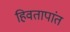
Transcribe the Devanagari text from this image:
हिवतापांत